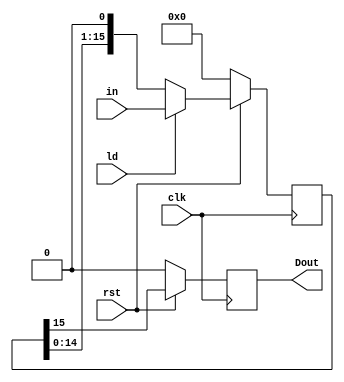
`timescale 1ns / 1ps
//////////////////////////////////////////////////////////////////////////////////
// Company: 
// Engineer: 
// 
// Design Name: 
// Module Name:    Sout_16bit 
// Project Name: 
// Target Devices: 
// Tool versions: 
// Description: 
//
// Dependencies: 
//
// Revision: 
// Revision 0.01 - File Created
// Additional Comments: 
//
//////////////////////////////////////////////////////////////////////////////////
module Sout_16bit(
    input clk,
    input rst,
	 input ld,
	 input [15:0]in,
	 output reg Dout
    );
	 reg [15:0]out;
	 always@(posedge clk)
		if(!rst) Dout <= 0;
		else Dout <= out[15];
		
	 always@(posedge clk)
	 if(!rst)
		out<=0;
	 else if(ld) out<=in;
	 else out<={out[14:0], 1'b0};
		


endmodule